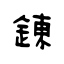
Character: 錬